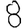
Digit: 8